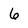
Character: 6